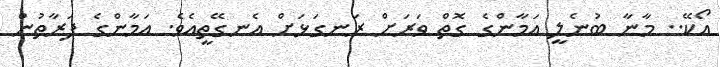
އޯކޭ.. މާނާ ބުނެލީ އަމާންގެ ގޮތް ވަރަށް ރަނގަޅަށް އެނގޭތީއެވެ. އަމާންގެ ފަރާތުން